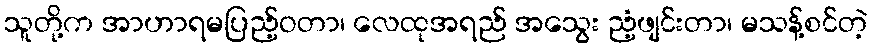
သူတို့က အာဟာရမပြည့်ဝတာ၊ လေထုအရည် အသွေး ညံ့ဖျင်းတာ၊ မသန့်စင်တဲ့